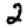
Digit: 2